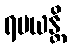
ရမယန္တိ